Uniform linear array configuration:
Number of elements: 32
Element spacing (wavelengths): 0.75
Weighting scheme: kaiser
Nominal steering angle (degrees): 45
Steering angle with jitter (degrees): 46.944
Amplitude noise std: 0.05
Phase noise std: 0.05

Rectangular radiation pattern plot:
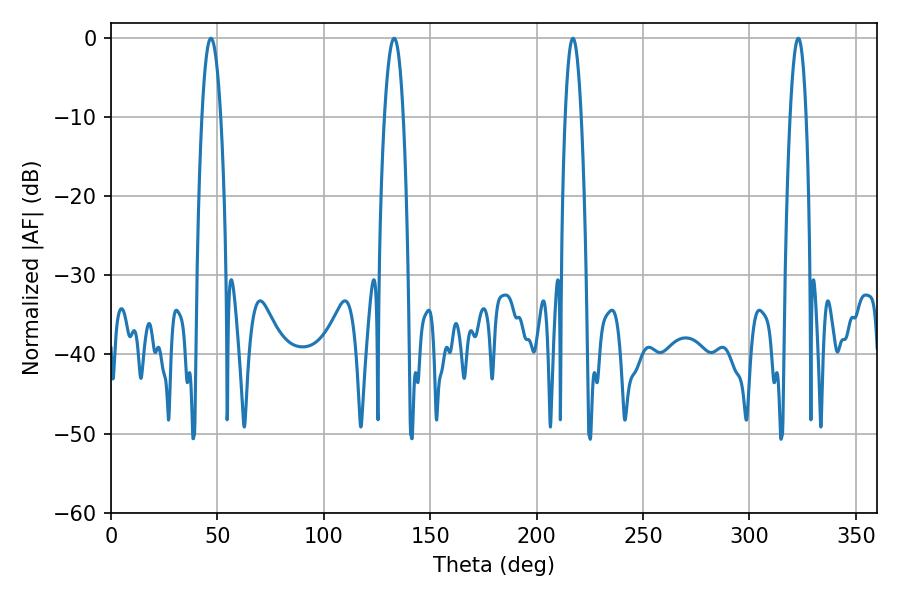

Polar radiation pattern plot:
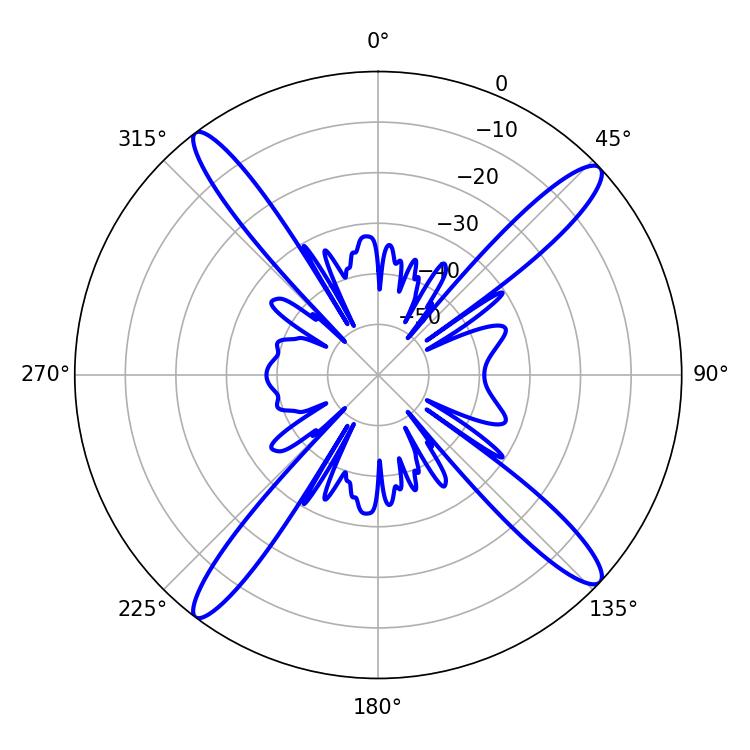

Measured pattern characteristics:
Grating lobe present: TRUE
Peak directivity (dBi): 17.006
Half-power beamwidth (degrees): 4.86
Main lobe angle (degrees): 46.98